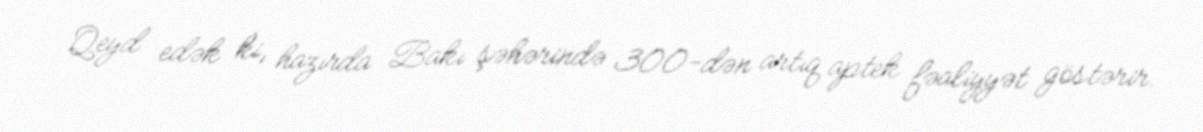
Qeyd edək ki, hazırda Bakı şəhərində 300-dən artıq aptek fəaliyyət göstərir.